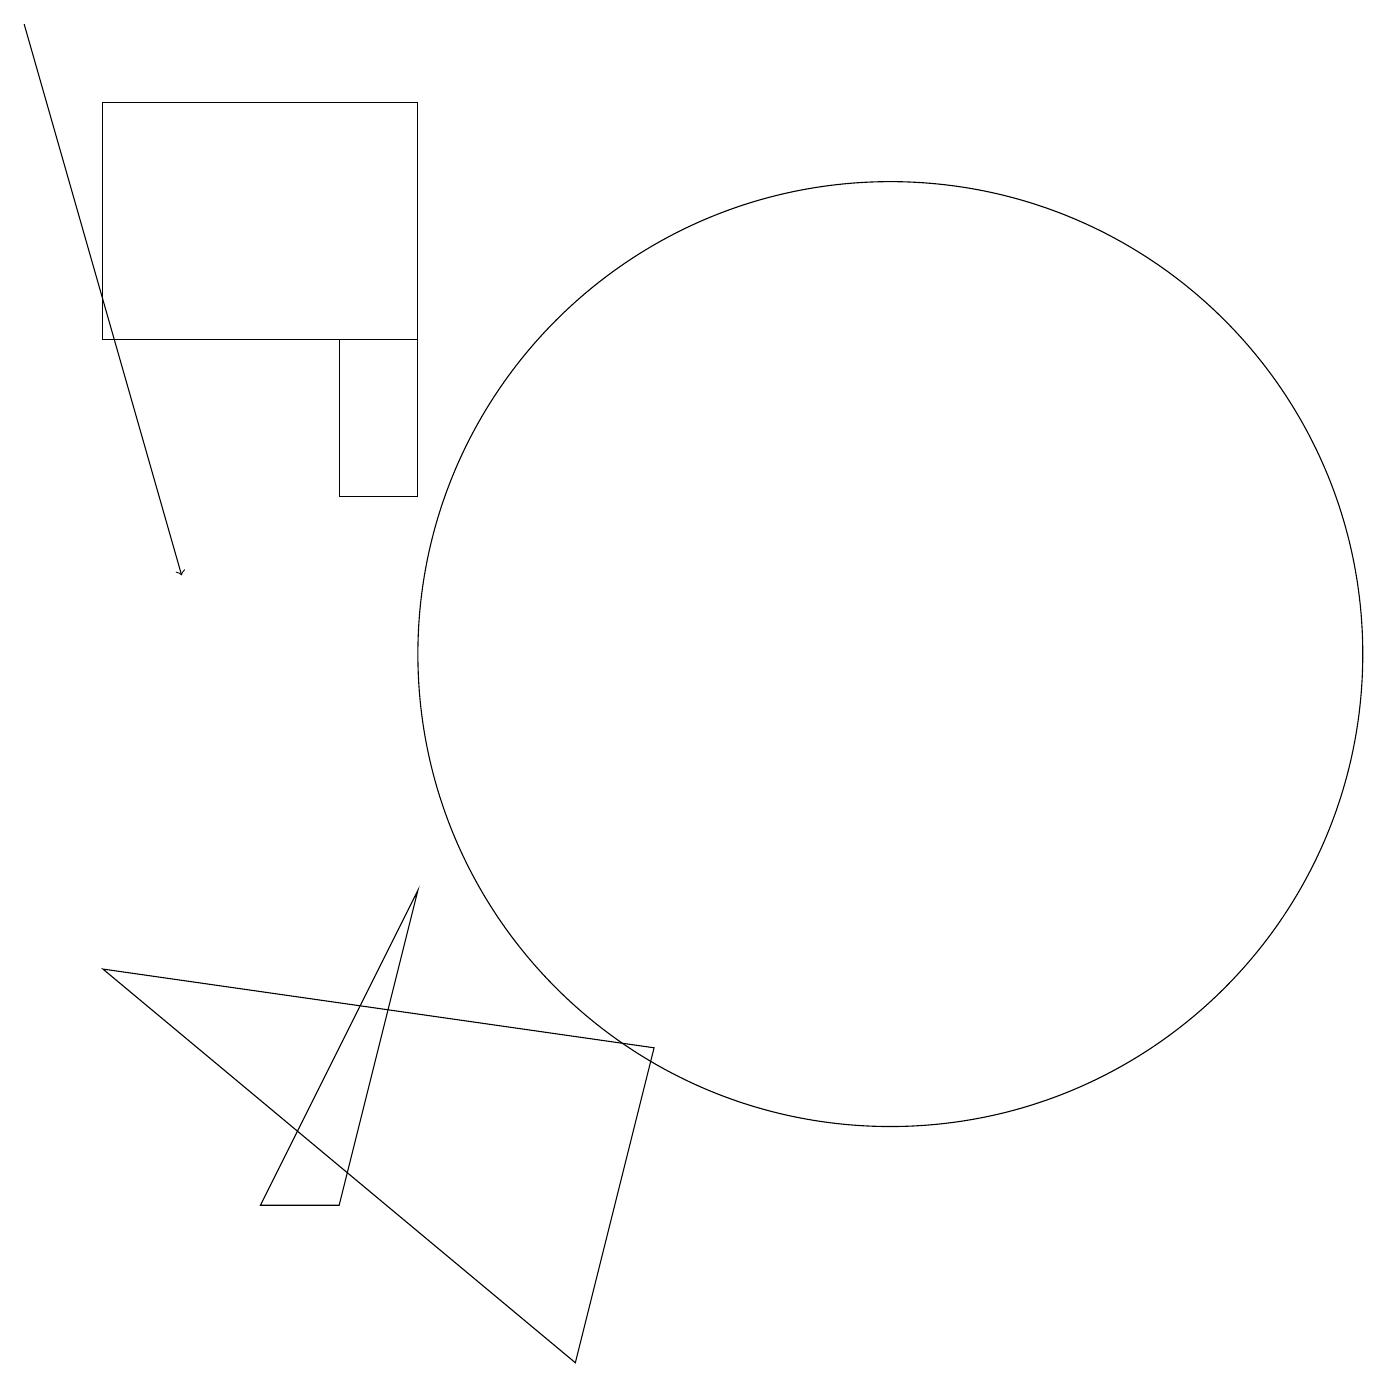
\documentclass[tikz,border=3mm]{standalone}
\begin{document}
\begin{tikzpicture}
\draw (5,14) rectangle (6,12);
\draw (8,1) -- (2,6) -- (9,5) -- cycle;
\draw[->] (1,18) -- (3,11);
\draw (2,14) rectangle (6,17);
\draw (5,3) -- (4,3) -- (6,7) -- cycle;
\draw (12,10) circle (6);
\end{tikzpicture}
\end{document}